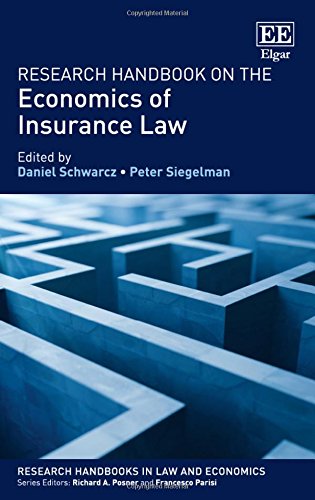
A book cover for Research Handbook on the Economics of Insurance Law (Research Handbooks in Law and Economics Series) (Elgar Original reference); Daniel Schwarcz; Law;